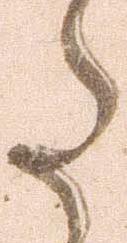
た